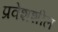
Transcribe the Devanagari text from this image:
प्रवेशशील